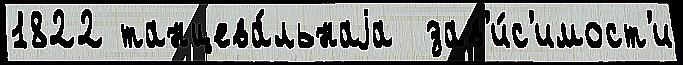
1822 танцева́льнаjа  зав'и́с'имост'и